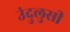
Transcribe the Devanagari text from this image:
उंदुलुसी